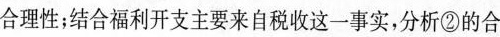
合理性；结合福利开支主要来自税收这一事实，分析②的合